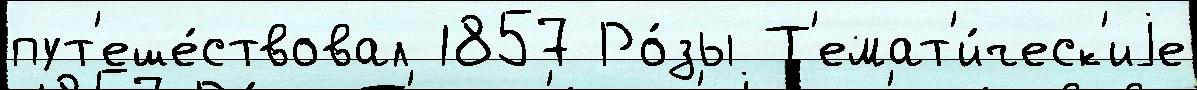
пут'еше́ствовал 1857 Ро́зы Т'емат'и́ческ'иjе